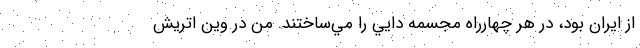
از ايران بود، در هر چهارراه مجسمه دايي را مي‌ساختند. من در وين اتريش